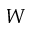
W